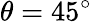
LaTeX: \theta=45^{\circ}